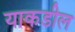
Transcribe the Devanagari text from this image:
याकडील